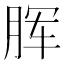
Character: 𣍯